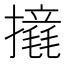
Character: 𢷉